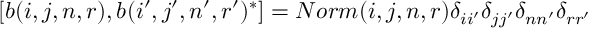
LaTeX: [ b ( i , j , n , r ) , b ( i ^ { \prime } , j ^ { \prime } , n ^ { \prime } , r ^ { \prime } ) ^ { * } ] = N o r m ( i , j , n , r ) \delta _ { i i ^ { \prime } } \delta _ { j j ^ { \prime } } \delta _ { n n ^ { \prime } } \delta _ { r r ^ { \prime } }